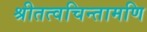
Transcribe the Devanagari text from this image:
श्रीतत्वचिन्तामणि